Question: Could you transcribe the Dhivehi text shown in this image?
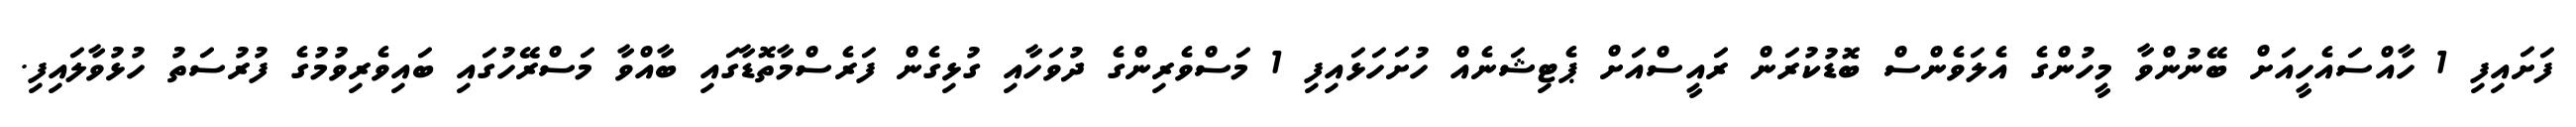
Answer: ފަށައިފި 1 ހާއްސައެހީއަށް ބޭނުންވާ މީހުންގެ އެލަވެންސް ބޮޑުކުރަން ރައީސްއަށް ޕެޓިޝަނެއް ހުށަހަޅައިފި 1 މަސްވެރިންގެ ދުވަހާއި ގުޅިގެން ފަރެސްމާތޮޑާގައި ބާއްވާ މަސްރޭހުގައި ބައިވެރިވުމުގެ ފުރުސަތު ހުޅުވާލައިފި.